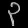
Digit: ၃